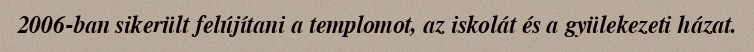
2006-ban sikerült felújítani a templomot, az iskolát és a gyülekezeti házat.